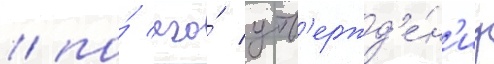
/ по́ его́ утв'ержд'е́н'иу